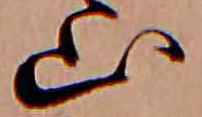
山